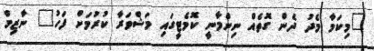
"މިކަމާ މެދު ދެން ގޮތެއް ނިންމާނީ ކޮމެޓީގައި މަޝްވަރާ ކުރުމަށް ފަހު" ނާޒިމް